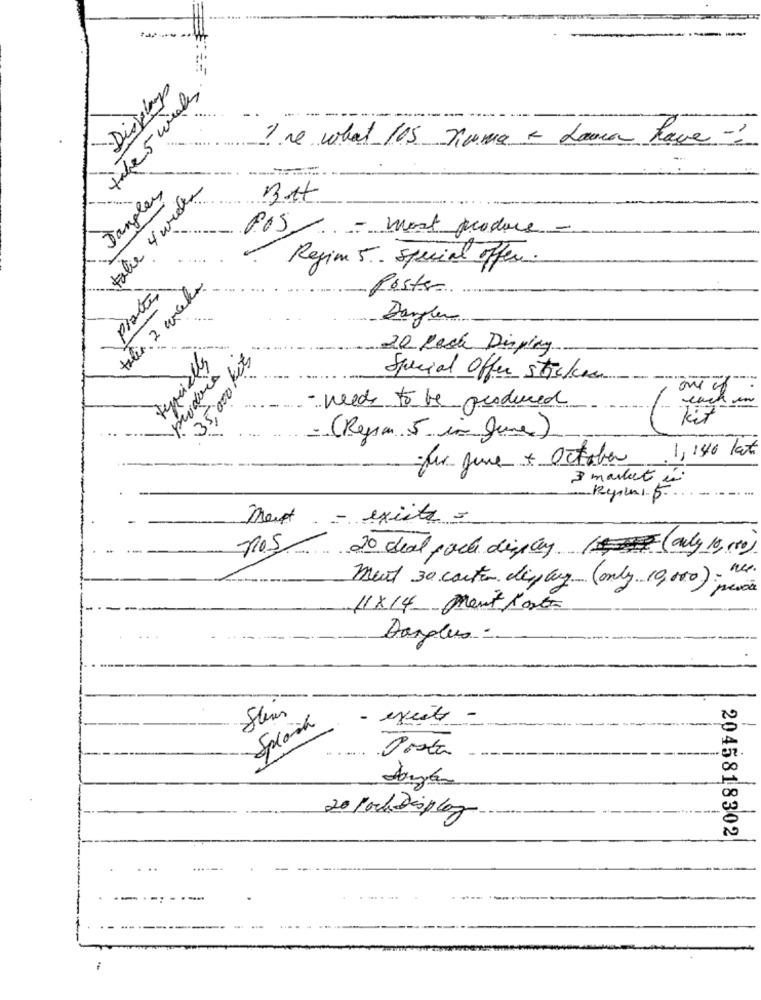
----
? ne what 115 numa - Lama have -
take
Jangley
talie 4 weeks
POS- most produce -
Regim 5. special offer.
talia. 2 wireles
plate
Poster
35,000 ket
20 Rach Display
Feriales
Special Offer sticker
---
- needs to be produced
1- 17
- (Region 5 in June)
Tur June + October
. 1, 140 lat
3 market in
Met - existe =
20 deal poche display (,(only 19,10)
ment 30 carte display (only 10,000) . we.
11X14 Ment Port
Darplus :
- excite
--
Posta
20 /och display
2045818302